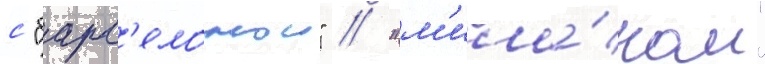
с "барс'елонои" / "м'ила́ном"